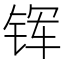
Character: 𮸈